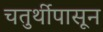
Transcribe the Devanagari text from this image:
चतुर्थीपासून